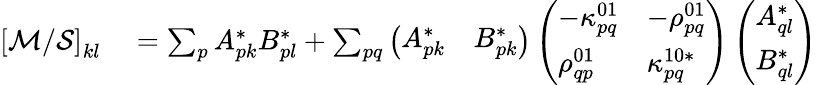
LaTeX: \begin{array}{rl}{\left[\mathcal{M}/\mathcal{S}\right]_{kl}}&{{}=\sum_{p}A_{pk}^{*}B_{pl}^{*}+\sum_{pq}\left(\begin{array}{ll}{A_{pk}^{*}}&{B_{pk}^{*}}\end{array}\right)\left(\begin{array}{ll}{-\kappa_{pq}^{01}}&{-\rho_{pq}^{01}}\\ {\rho_{qp}^{01}}&{\kappa_{pq}^{10*}}\end{array}\right)\left(\begin{array}{l}{A_{ql}^{*}}\\ {B_{ql}^{*}}\end{array}\right)}\end{array}